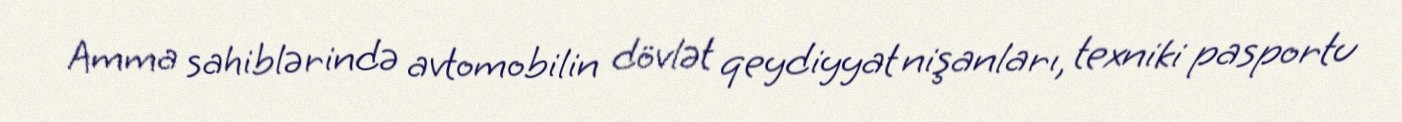
Amma sahiblərində avtomobilin dövlət qeydiyyat nişanları, texniki pasportu